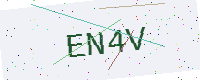
Text: EN4V